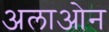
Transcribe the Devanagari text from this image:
अलाओन